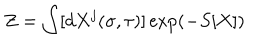
LaTeX: Z = \int [ d X ^ { j } ( \sigma , \tau ) ] \exp \left( - S [ X ] \right)